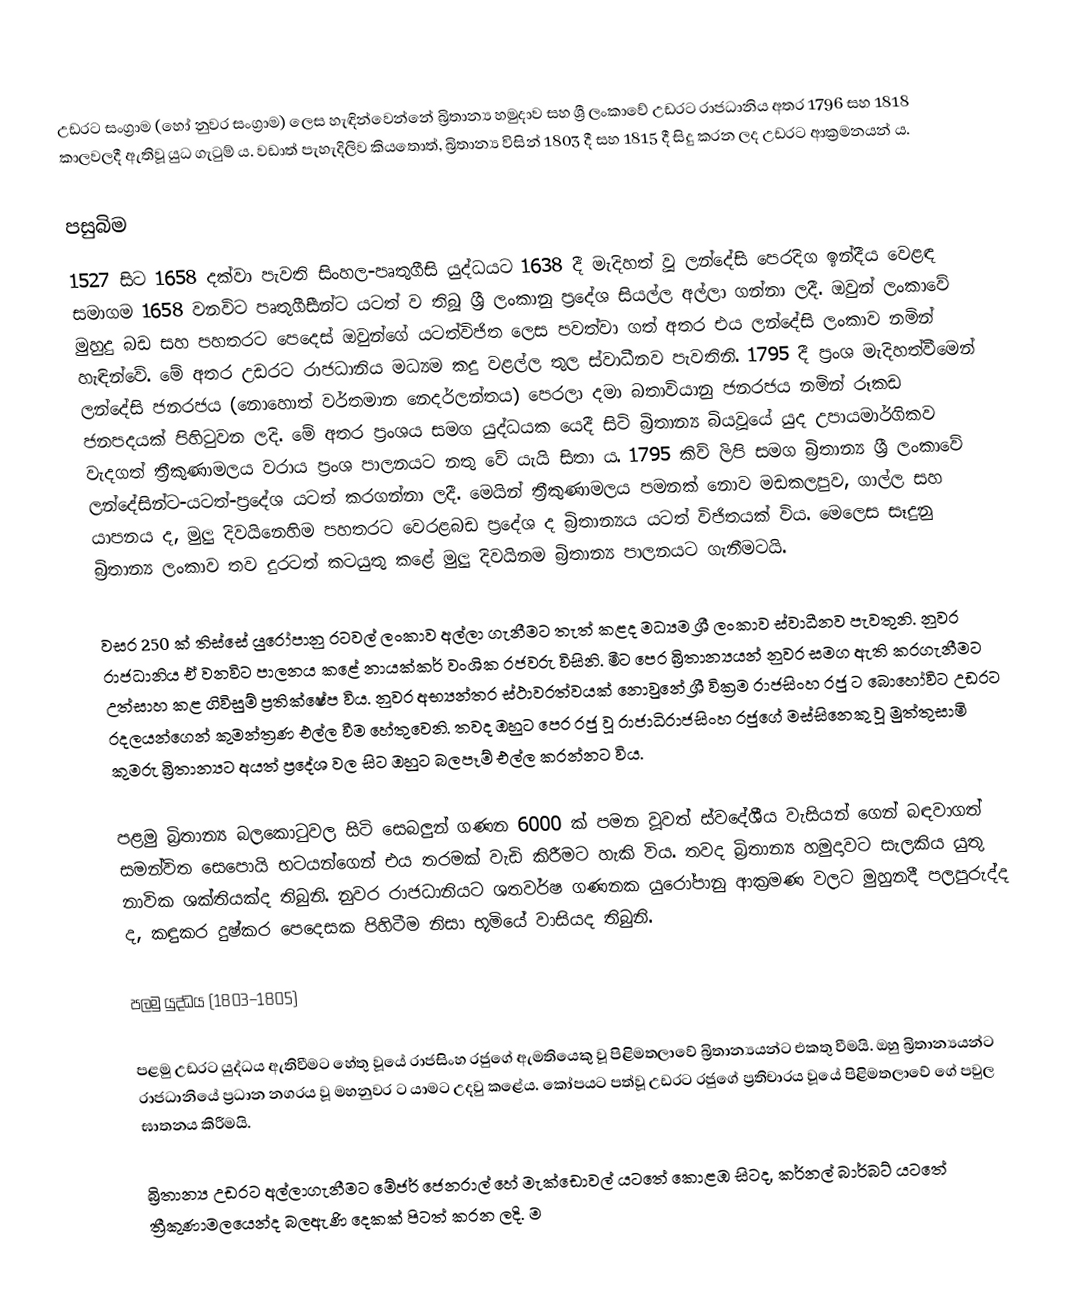
උඩරට සංග්‍රාම (හෝ නුවර සංග්‍රාම) ලෙස හැඳින්වෙන්නේ බ්‍රිතාන්‍ය හමුදාව සහ ශ්‍රී ලංකාවේ උඩරට රාජධානිය අතර 1796 සහ 1818 කාලවලදී ඇතිවූ යුධ ගැටුම් ය. වඩාත් පැහැදිලිව කියතොත්, බ්‍රිතාන්‍ය විසින් 1803 දී සහ 1815 දී සිදු කරන ලද උඩරට ආක්‍රමනයන් ය.

පසුබිම
1527 සිට 1658 දක්වා පැවති සිංහල-පෘතුගීසි යුද්ධයට 1638 දී මැදිහත් වූ ලන්දේසි පෙරදිග ඉන්දීය වෙළඳ සමාගම 1658 වනවිට පෘතුගීසීන්ට යටත් ව තිබූ ශ්‍රී ලංකානු ප්‍රදේශ සියල්ල අල්ලා ගන්නා ලදී. ඔවුන් ලංකාවේ මුහුදු බඩ සහ පහතරට පෙදෙස් ඔවුන්ගේ යටත්විජිත ලෙස පවත්වා ගත් අතර එය ලන්දේසි ලංකාව නමින් හැඳින්වේ. මේ අතර උඩරට රාජධානිය මධ්‍යම කදු වළල්ල තුල ස්වාධීනව පැවතිනි. 1795 දී ප්‍රංශ මැදිහත්වීමෙන් ලන්දේසි ජනරජය (නොහොත් වර්තමාන නෙදර්ලන්තය) පෙරලා දමා බතාවියානු ජනරජය නමින් රූකඩ ජනපදයක් පිහිටුවන ලදි. මේ අතර ප්‍රංශය සමග යුද්ධයක යෙදී සිටි බ්‍රිතාන්‍ය බියවූයේ යුද උපායමාර්ගිකව වැදගත් ත්‍රීකුණාමලය වරාය ප්‍රංශ පාලනයට නතු වේ යැයි සිතා ය. 1795 කිව් ලිපි සමග බ්‍රිතාන්‍ය ශ්‍රී ලංකාවේ ලන්දේසින්ට-යටත්-ප්‍රදේශ යටත් කරගන්නා ලදී. මෙයින් ත්‍රීකුණාමලය පමනක් නොව මඩකලපුව, ගාල්ල සහ යාපනය ද, මුලු දිවයිනෙහිම පහතරට වෙරළබඩ ප්‍රදේශ ද බ්‍රිතාන්‍යය යටත් විජිතයක් විය. මෙලෙස සෑදුනු බ්‍රිතාන්‍ය ලංකාව තව දුරටත් කටයුතු කළේ මුලු දිවයිනම බ්‍රිතාන්‍ය පාලනයට ගැනීමටයි.

වසර 250 ක් තිස්සේ යුරෝපානු රටවල් ලංකාව අල්ලා ගැනීමට තැත් කළද මධ්‍යම ශ්‍රී ලංකාව ස්වාධීනව පැවතුනි. නුවර රාජධානිය ඒ වනවිට පාලනය කළේ නායක්කර් වංශික රජවරු විසිනි. මීට පෙර බ්‍රිතාන්‍යයන් නුවර සමග ඇති කරගැනීමට උත්සාහ කළ ගිවිසුම් ප්‍රතික්ෂේප විය. නුවර අභ්‍යන්තර ස්ථාවරත්වයක් නොවුනේ ශ්‍රී වික්‍රම රාජසිංහ රජු ට බොහෝවිට උඩරට රදලයන්ගෙන් කුමන්ත්‍රණ එල්ල වීම හේතුවෙනි. තවද ඔහුට පෙර රජු වූ රාජාධිරාජසිංහ රජුගේ මස්සිනෙකු වූ මුත්තුසාමි කුමරු බ්‍රිතාන්‍යට අයත් ප්‍රදේශ වල සිට ඔහුට බලපෑම් එල්ල කරන්නට විය.

පළමු බ්‍රිතාන්‍ය බලකොටුවල සිටි සෙබලුන් ගණන 6000 ක් පමන වූවත් ස්වදේශීය වැසියන් ගෙන් බඳවාගත් සමන්විත සෙපොයි භටයන්ගෙන් එය තරමක් වැඩි කිරීමට හැකි විය. තවද බ්‍රිතාන්‍ය හමුදාවට සැලකිය යුතු නාවික ශක්තියක්ද තිබුනි. නුවර රාජධානියට ශතවර්ෂ ගණනක යුරෝපානු ආක්‍රමණ වලට මුහුනදී පලපුරුද්ද ද, කඳුකර දුෂ්කර පෙදෙසක පිහිටීම නිසා භූමියේ වාසියද තිබුනි.

පලමු යුද්ධය (1803–1805)

පළමු උඩරට යුද්ධය ඇතිවීමට හේතු වූයේ රාජසිංහ රජුගේ ඇමතියෙකු වූ පිළිමතලාවේ බ්‍රිතාන්‍යයන්ට එකතු වීමයි. ඔහු බ්‍රිතාන්‍යයන්ට රාජධානියේ ප්‍රධාන නගරය වූ මහනුවර ට යාමට උදවු කළේය. කෝපයට පත්වූ උඩරට රජුගේ ප්‍රතිචාරය වූයේ පිළිමතලාවේ ගේ පවුල ඝාතනය කිරීමයි.

බ්‍රිතාන්‍ය උඩරට අල්ලාගැනීමට මේජර් ජෙනරාල් හේ මැක්ඩොවල් යටතේ කොළඹ සිටද, කර්නල් බාර්බට් යටතේ ත්‍රීකුණාමලයෙන්ද බලඇණි දෙකක් පිටත් කරන ලදි. ම